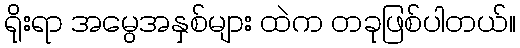
ရိုးရာ အမွေအနှစ်များ ထဲက တခုဖြစ်ပါတယ်။